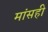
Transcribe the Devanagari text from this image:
मांसही